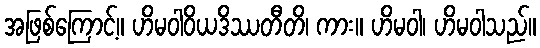
အဖြစ်ကြောင့်။ ဟိမဝါဝိယဒိဿတီတိ၊ ကား။ ဟိမဝါ၊ ဟိမဝါသည်။